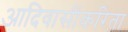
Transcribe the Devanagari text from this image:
आदिवासींकरिता